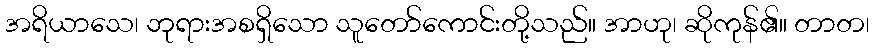
အရိယာသေ၊ ဘုရားအစရှိသော သူတော်ကောင်းတို့သည်။ အာဟု၊ ဆိုကုန်၏။ တာတ၊